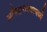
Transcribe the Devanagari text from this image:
अस्थिमत्स्यामध्ये